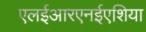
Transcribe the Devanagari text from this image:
एलईआरएनईएशिया